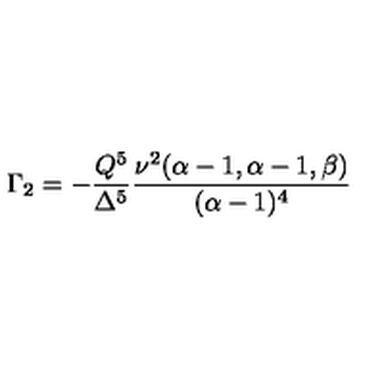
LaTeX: \Gamma _ { 2 } = - \frac { Q ^ { 5 } } { \Delta ^ { 5 } } \frac { \nu ^ { 2 } ( \alpha - 1 , \alpha - 1 , \beta ) } { ( \alpha - 1 ) ^ { 4 } }